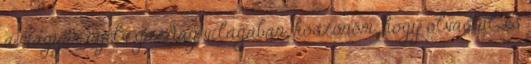
a magyar nyelv gazdag világában. köszönöm, hogy olvastál, és